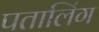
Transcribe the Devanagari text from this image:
पतालिंग